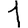
Digit: 1